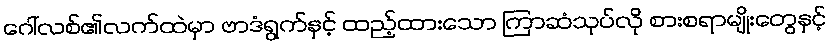
ဂေါ်လစ်၏လက်ထဲမှာ ဗာဒံရွက်နှင့် ထည့်ထားသော ကြာဆံသုပ်လို စားစရာမျိုးတွေနှင့်